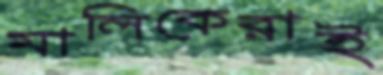
মালিকেরাই